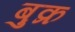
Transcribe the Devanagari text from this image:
बुक्र